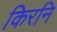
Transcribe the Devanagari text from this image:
किरनि